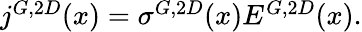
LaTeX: \begin{array}{r}{j^{G,2D}(x)=\sigma^{G,2D}(x)E^{G,2D}(x).}\end{array}